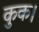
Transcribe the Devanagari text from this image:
कुक।